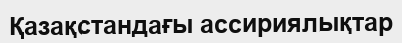
Қазақстандағы ассириялықтар